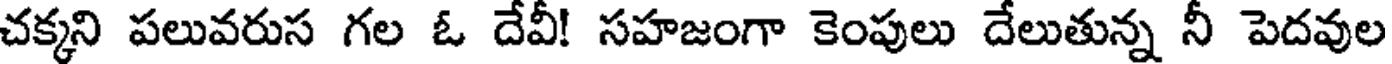
చక్కని పలువరుస గల ఓ దేవీ! సహజంగా కెంపులు దేలుతున్న నీ పెదవుల